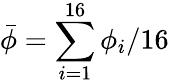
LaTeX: \bar{\phi}=\sum_{i=1}^{16}\phi_{i}/16